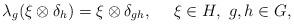
LaTeX: \begin{align*}\lambda_g(\xi\otimes \delta_h)=\xi\otimes \delta_{gh},\ \ \ \ \xi\in H,\ g,h\in G,\end{align*}